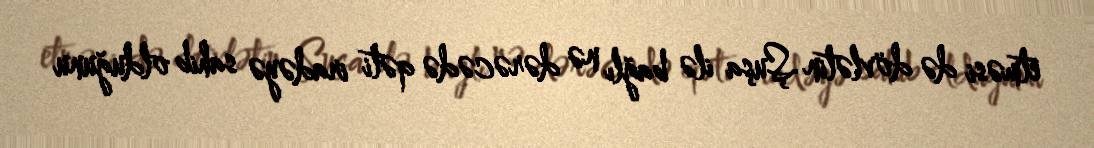
etməsi də dövlətin Şuşa ilə bağlı nə dərəcədə qəti iradəyə sahib olduğunu